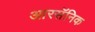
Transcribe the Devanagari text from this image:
आरसॅनिक